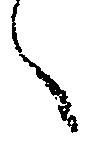
々